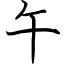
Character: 午